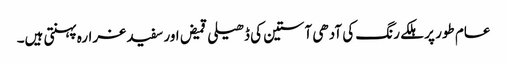
عام طور پر ہلکے رنگ کی آدھی آستین کی ڈھیلی قمیض اور سفید غرارہ پہنتی ہیں۔